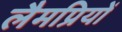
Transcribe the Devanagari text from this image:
लैमप्रियों